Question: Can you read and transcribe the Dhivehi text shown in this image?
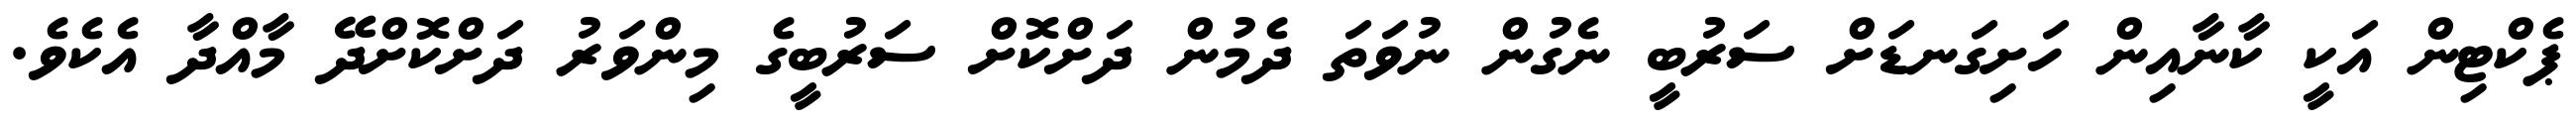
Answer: ޕެކްޓިން އަކީ ކާނާއިން ހަށިގަނޑަށް ސަރުބީ ނެގުން ނުވަތަ ދެމުން ދަށްކޮށް ސަރުބީގެ މިންވަރު ދަށްކޮށްދޭ މާއްދާ އެކެވެ.